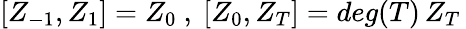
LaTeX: [Z_{-1},Z_{1}]=Z_{0}\ ,\ [Z_{0},Z_{T}]=deg(T)\, Z_{T}\,